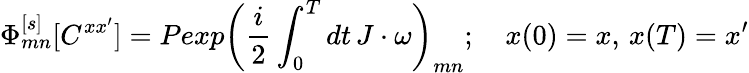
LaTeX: \Phi_{mn}^{[s]}[C^{xx^{\prime}}]=Pexp\left({\frac{i}{2}}\int_{0}^{T}dt\, J\cdot\omega\right)_{mn};\quad x(0)=x,\, x(T)=x^{\prime}